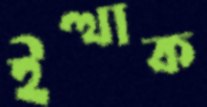
ইত্থাক